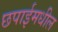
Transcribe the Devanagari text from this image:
छपाईमधील